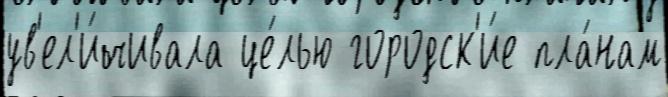
ув'ел'и́чивала це́лью городск'и́е пла́нам